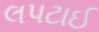
લપટાઈ